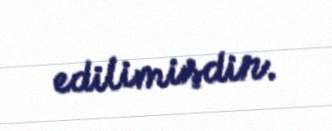
edilimişdir.